Civil Veterinary Dept. Bombay admin report 1907-1913 - 1907-1913
Year: 1907
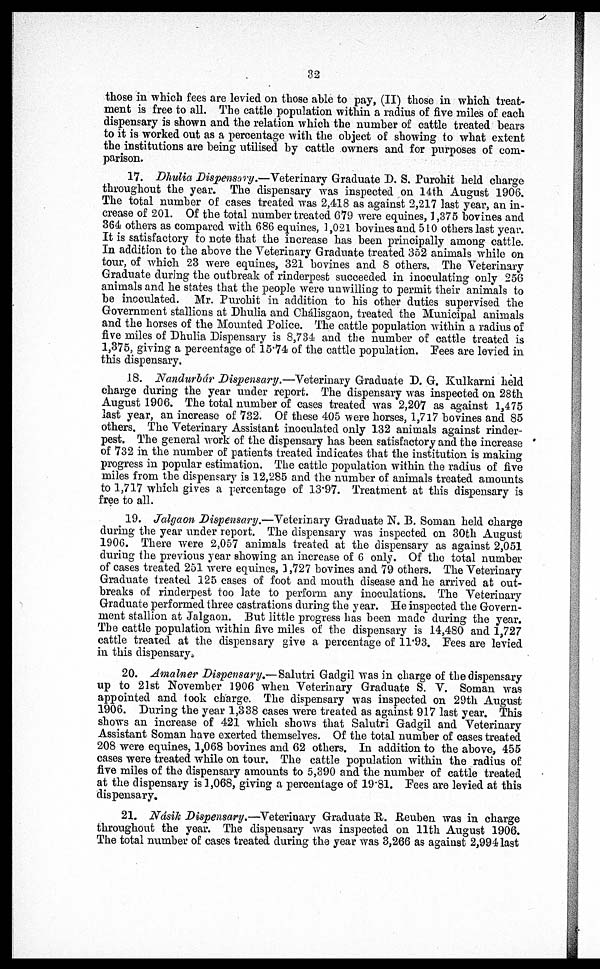
32
those in which fees arc levied on those anle to pay, (II) those in which treat-
ment is free to all. The cattle population within a radius of five miles of each
dispensary is shown and the relation which the number of cattle treated bears
to it is worked out as a percentage with the object of showing to what extent
the institutions are being utilised by cattle owners and for purposes of com-
parison.
17. Dhulia Dispensary.—Veterinary Graduate D. S. Purohit held charge
throughout the year. The dispensary was inspected on 14th August 1906.
The total number of cases treated was 2,418 as against 2,217 last year, an in-
crease of 201. Of the total number treated 079 were equines, 1,375 bovines and
364 others as compared with 686 equines, 1,021 bovines and 510 others last year.
It is satisfactory to note that the increase has been principally among cattle.
In addition to the above the Veterinary Graduate treated 352 animals while on
tour, of which 23 were equines, 321 bovines and 8 others. The Veterinary
Graduate during the outbreak of rinderpest succeeded in inoculating only 256
animals and he states that the people were unwilling to permit their animals to
be inoculated. Mr. Purohit in addition to his other duties supervised the
Government stallions at Dhulia and Chálisgaon, treated the Municipal animals
and the horses of the Mounted Police. The cattle population within a radius of
five miles of Dhulia Dispensary is 8,734 and the number of cattle treated is
1,375, giving a percentage of 15.74 of the cattle population. Pees are levied in
this dispensary.
18. Nandurnár Dispensary.—Veterinary Graduate D. G. Kulkarni held
charge during the year under report. The dispensary was inspected on 28th
August 1906. The total number of cases treated was 2,207 as against 1,475
last year, an increase of 732. Of these 405 were horses, 1,717 bovines and 85
others. The Veterinary Assistant inoculated only 132 animals against rinder-
pest. The general work of the dispensary has been satisfactory and the increase
of 732 in the number of patients treated indicates that the institution is making
progress in popular estimation. The cattle population within the radius of five
miles from the dispensary is 12,285 and the number of animals treated amounts
to 1,717 which gives a percentage of 13.97. Treatment at this dispensary is
free to all.
19. Jalgaon Dispensary.—Veterinary Graduate N. B. Soman held charge
during the year under report. The dispensary was inspected on 30th August
1906. There were 2,057 animals treated at the dispensary as against 2,051
during the previous year showing an increase of 6 only. Of the total number
of cases treated 251 were equines, 1,727 bovines and 79 others. The Veterinary
Graduate treated 125 cases of foot and mouth disease and he arrived at out-
breaks of rinderpest too late to perform any inoculations. The Veterinary
Graduate performed three castrations during the year. He inspected the Govern-
ment stallion at Jalgaon. But little progress has been made during the year.
The cattle population within five miles of the dispensary is 14,480 and 1,727
cattle treated at the dispensary give a percentage of 11.93. Pees are levied
in this dispensary.
20. Amalner Dispensary.—Salutri Gadgil was in charge of the dispensary
up to 21st November 1906 when Veterinary Graduate S. V. Soman was
appointed and took charge. The dispensary was inspected on 29th August
1906. During the year 1,338 cases were treated as against 917 last year. This
shows an increase of 421 which shows that Salutri Gadgil and Veterinary
Assistant Soman have exerted themselves. Of the total number of cases treated
208 were equines, 1,068 bovines and 62 others. In addition to the above, 455
cases were treated while on tour. The cattle population within the radius of
five miles of the dispensary amounts to 5,390 and the number of cattle treated
at the dispensary is 1,068, giving a percentage of 19.81. Pees are levied at this
dispensary.
21. Násih Dispensary.—Veterinary Graduate B. Reuben was in charge
throughout the year. The dispensary was inspected on 11th August 1906.
The total number of cases treated during the year was 3,266 as against 2,994 last